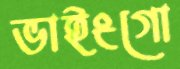
ভাইংগো